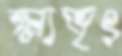
ক্ষ্মাভৃৎ